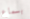
بسماع